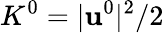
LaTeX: K^{0}=|\mathbf u^{0}|^{2}/2